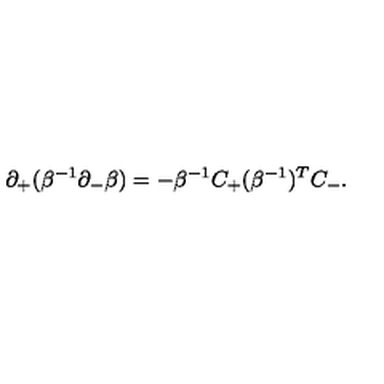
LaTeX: \partial _ { + } ( \beta ^ { - 1 } \partial _ { - } \beta ) = - \beta ^ { - 1 } C _ { + } ( \beta ^ { - 1 } ) ^ { T } C _ { - } .